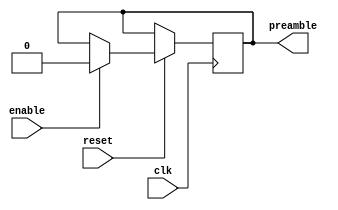
module preamble_gen (
  input clk,
        enable,
        reset,
  output preamble
);

  reg [15:0] shift_reg;
  reg data_out;

  assign preamble = data_out;

  initial begin
    shift_reg <= 16'haaaa; // initialize shift register which represent the preamble static value
  end

  always @(posedge clk , negedge reset) begin
    if(!reset)begin
        shift_reg <= 0;
    end else if(enable) begin // when the block is enabled it start shifting else it will hold the static value
        data_out <= {shift_reg[15:0],0}; // shift left the preamble value in serial way
    end else
        shift_reg <= 16'haaaa;
    
  end

 

endmodule